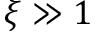
\xi \gg 1